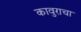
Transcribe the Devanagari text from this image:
कावुराचा